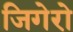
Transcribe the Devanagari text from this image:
जिगेरो